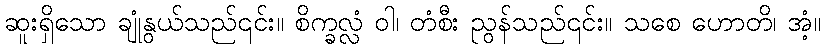
ဆူးရှိသော ချုံနွယ်သည်၎င်း။ စိက္ခလ္လံ ဝါ၊ တံစီး ညွန်သည်၎င်း။ သစေ ဟောတိ၊ အံ့။